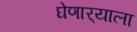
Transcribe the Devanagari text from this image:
घेणार्‍याला